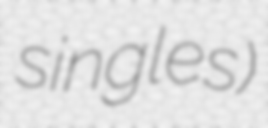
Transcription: singles)